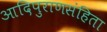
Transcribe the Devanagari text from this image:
आदिपुराणसंहिता